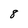
Character: 8